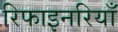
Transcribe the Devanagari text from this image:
रिफाइनरियाँ